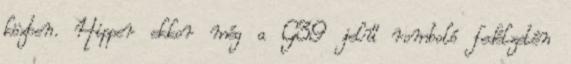
közben. Hipper ekkor még a G39 jelű romboló fedélzetén